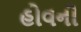
હોવની